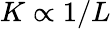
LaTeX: K\propto 1/L